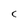
Character: C